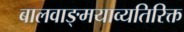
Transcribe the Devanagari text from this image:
बालवाङ्‌मयाव्यतिरिक्त